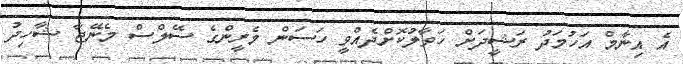
އެ އިނާމް އަހުމަދު ރަޝީދަށް ހަވާލުކޮށްދެއްވީ ހަސަން މެރީންގެ ސޭލްސް މެނޭޖާ ޝާހިދު